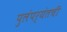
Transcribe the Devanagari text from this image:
पुलंपर्यंतची